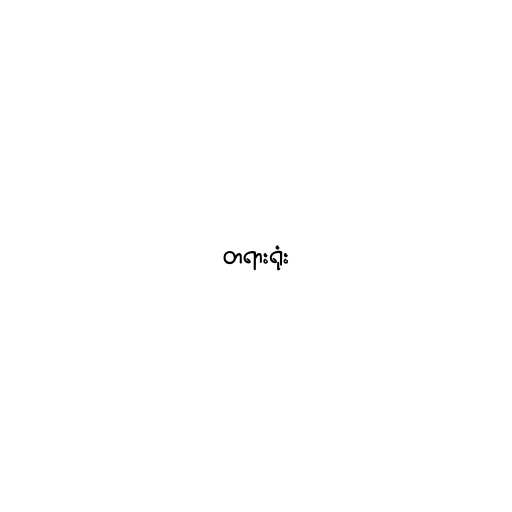
တရားရုံး